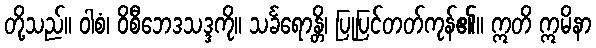
တို့သည်။ ဝါစံ၊ ဝိစီဘေဒသဒ္ဒကို။ သင်္ခရောန္တိ၊ ပြုပြင်တတ်ကုန်၏။ ဣတိ ဣမိနာ